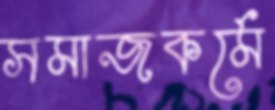
সমাজকর্মে